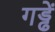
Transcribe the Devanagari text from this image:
गड्ढें